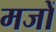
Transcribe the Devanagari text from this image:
मजों